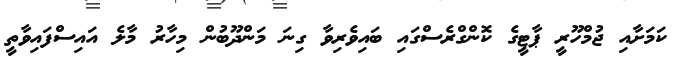
ކަމަށާއި ޖުމްހޫރީ ޕާޓީގެ ކޮންގްރެސްގައި ބައިވެރިވާ ގިނަ މަންދޫބުން މިހާރު މާލެ އައިސްފައިވާތީ